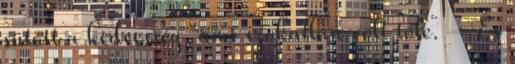
sütött a kedvesség, ami szokatlan volt tőle. – És